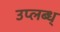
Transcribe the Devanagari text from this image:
उप्लब्ध्